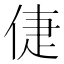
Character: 倢